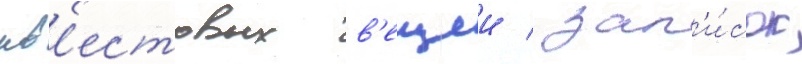
кв'естовых в'ещеи / зап'и́сок